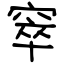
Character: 窣